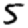
Digit: 5